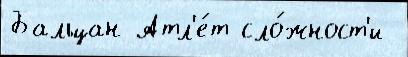
Бальцан Атл'е́т сло́жност'и